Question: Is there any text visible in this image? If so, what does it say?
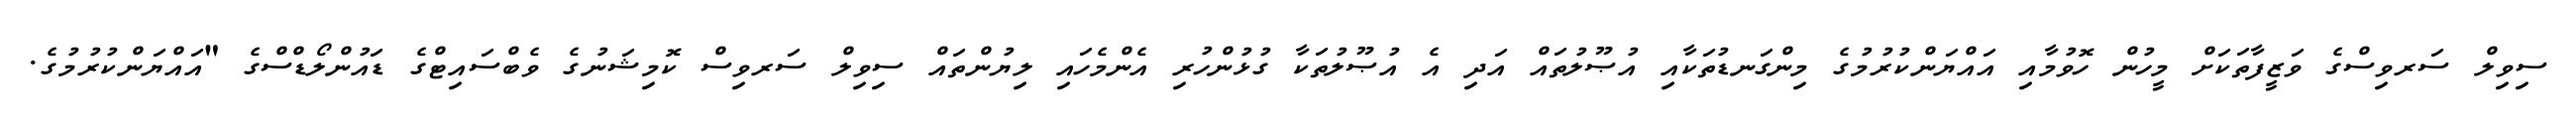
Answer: ސިވިލް ސަރވިސްގެ ވަޒީފާތަކަށް މީހުން ހޮވުމާއި އައްޔަންކުރުމުގެ މިންގަނޑުތަކާއި އުޞޫލުތައް އަދި އެ އުޞޫލުތަކާ ގުޅުންހުރި އެންމެހައި ލިޔުންތައް ސިވިލް ސަރވިސް ކޮމިޝަނުގެ ވެބްސައިޓްގެ ޑައުންލޯޑްސްގެ "އައްޔަންކުރުމުގެ.